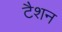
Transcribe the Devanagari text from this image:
टैशन